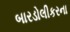
બારડોલીકરના